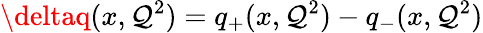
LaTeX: \deltaq(x,\mathcal{Q}^{2})=q_{+}(x,\mathcal{Q}^{2})-q_{-}(x,\mathcal{Q}^{2})